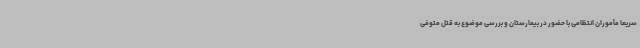
سریعا مأموران انتظامی با حضور در بیمارستان و بررسی موضوع به قتل متوفی